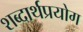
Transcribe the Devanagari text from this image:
शब्दार्थप्रयोग